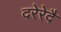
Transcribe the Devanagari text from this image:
दरेरेदै